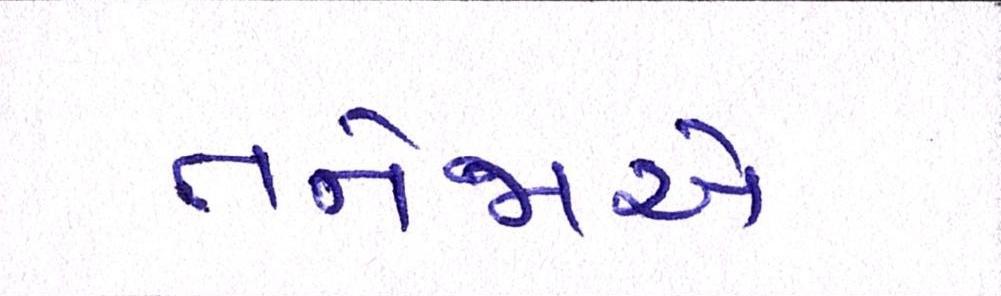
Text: તનેજાએ